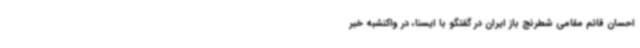
احسان قائم مقامی شطرنج باز ایران در گفتگو با ایسنا، در واکنشبه خبر